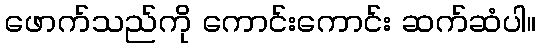
ဖောက်သည်ကို ကောင်းကောင်း ဆက်ဆံပါ။